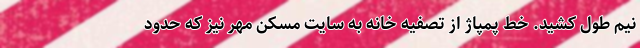
نیم طول کشید. خط پمپاژ از تصفیه خانه به سایت مسکن مهر نیز که حدود